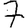
Digit: 7